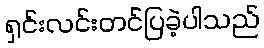
ရှင်းလင်းတင်ပြခဲ့ပါသည်